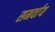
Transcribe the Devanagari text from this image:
समर्वाय